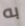
به